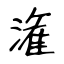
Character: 潅